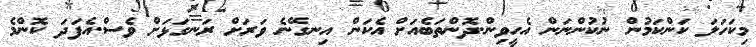
މިކަހަލަ ކަންކަމުން ނުކުންނަން އެހީވިން.ދޮންތަބެއަށް އެކަން އިނގޭނެ ވަރަށް ރަނގަޅަށް ވެސް.އެފަދަ ކޮންމެ